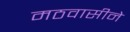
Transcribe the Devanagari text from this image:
मठवासीने